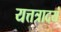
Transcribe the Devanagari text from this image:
यत्तत्रादयं